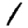
Digit: 1